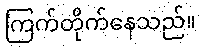
ကြက်တိုက်နေသည်။